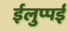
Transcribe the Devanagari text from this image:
ईलुप्पई